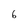
Character: 6